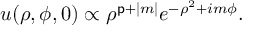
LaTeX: u ( \rho , \phi , 0 ) \propto \rho ^ { { \mathsf { p } } + | m | } e ^ { - \rho ^ { 2 } + i m \phi } .